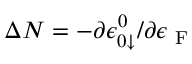
\Delta N = - \partial \epsilon _ { 0 \downarrow } ^ { 0 } / \partial \epsilon _ { \mathrm { ~ F ~ } }